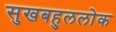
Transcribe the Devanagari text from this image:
सुखबहुललोक